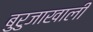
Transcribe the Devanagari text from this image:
बुरुजाखाली